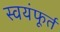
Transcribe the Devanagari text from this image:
स्वयंफूर्त